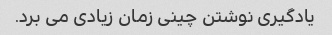
یادگیری نوشتن چینی زمان زیادی می برد.